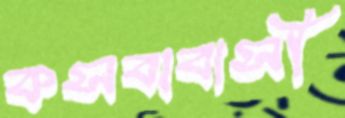
কসবাবাসী